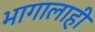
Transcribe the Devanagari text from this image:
भागालाही